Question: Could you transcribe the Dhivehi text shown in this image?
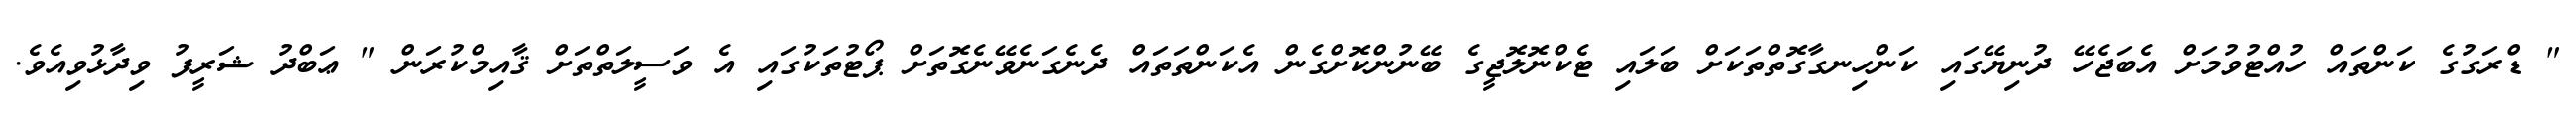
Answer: " ޑްރަގުގެ ކަންތައް ހުއްޓުވުމަށް އެބަޖެހޭ ދުނިޔޭގައި ކަންހިނގާގޮތްތަކަށް ބަލައި ޓެކްނޮލޮޖީގެ ބޭނުންކޮށްގެން އެކަންތަތައް ދެނެގަނެވޭނެގޮތަށް ޕޯޓުތަކުގައި އެ ވަސީލަތްތަށް ޤާއިމްކުރަން " ޢަބްދު ޝަރީފު ވިދާޅުވިއެވެ.